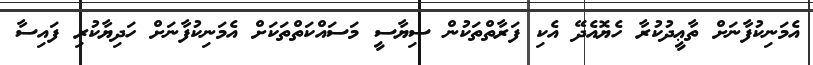
އެމަނިކުފާނަށް ތާޢީދުކުރާ ހެޔޮއެދޭ އެކި ފަރާތްތަކުން ސިޔާސީ މަސައްކަތްތަކަށް އެމަނިކުފާނަށް ހަދިޔާކުރި ފައިސާ